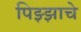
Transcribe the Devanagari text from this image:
पिझ्झाचे